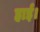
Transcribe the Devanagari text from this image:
हाई।